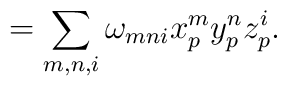
=\sum\limits_{m,n,i} \omega_{mni}x_p^my_p^nz_p^i.